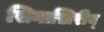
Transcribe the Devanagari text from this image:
सिनाख़िरीब्